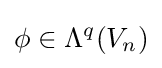
\phi \in \Lambda ^{q}(V_{n})